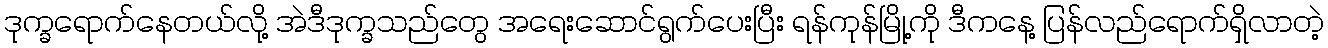
ဒုက္ခရောက်နေတယ်လို့ အဲဒီဒုက္ခသည်တွေ အရေးဆောင်ရွက်ပေးပြီး ရန်ကုန်မြို့ကို ဒီကနေ့ ပြန်လည်ရောက်ရှိလာတဲ့